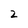
Character: 2